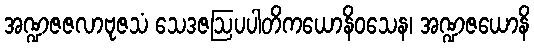
အဏ္ဍဇဇလာဗုဇသံ သေဒဇဩပပါတိကယောနိဝသေန၊ အဏ္ဍဇယောနိ